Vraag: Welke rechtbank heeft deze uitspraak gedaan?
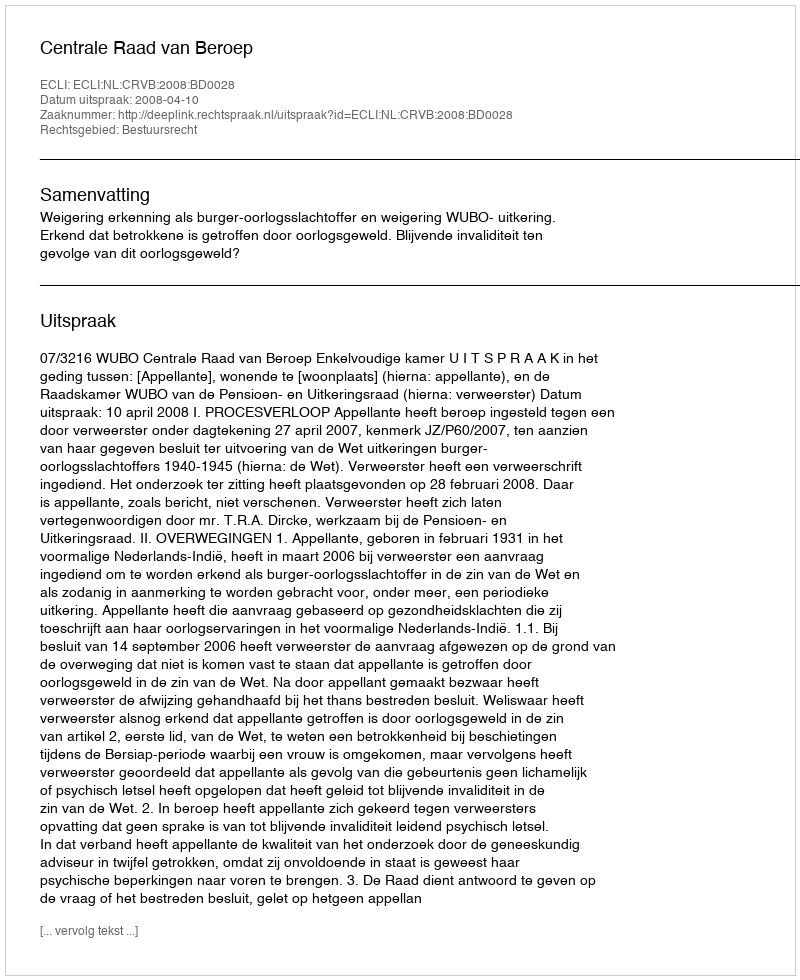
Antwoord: Centrale Raad van Beroep